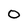
Character: 0